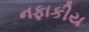
નફાકીય